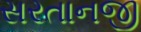
સરતાનજી